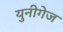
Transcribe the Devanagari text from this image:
युनीगेज